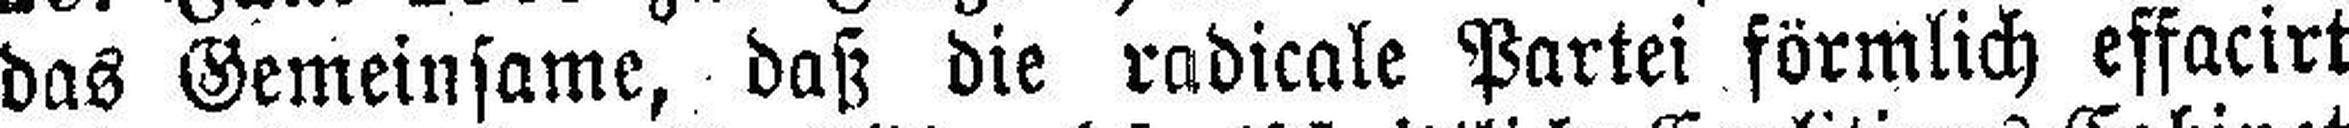
das Gemeinsame, daß die radicale Partei förmlich effacirt